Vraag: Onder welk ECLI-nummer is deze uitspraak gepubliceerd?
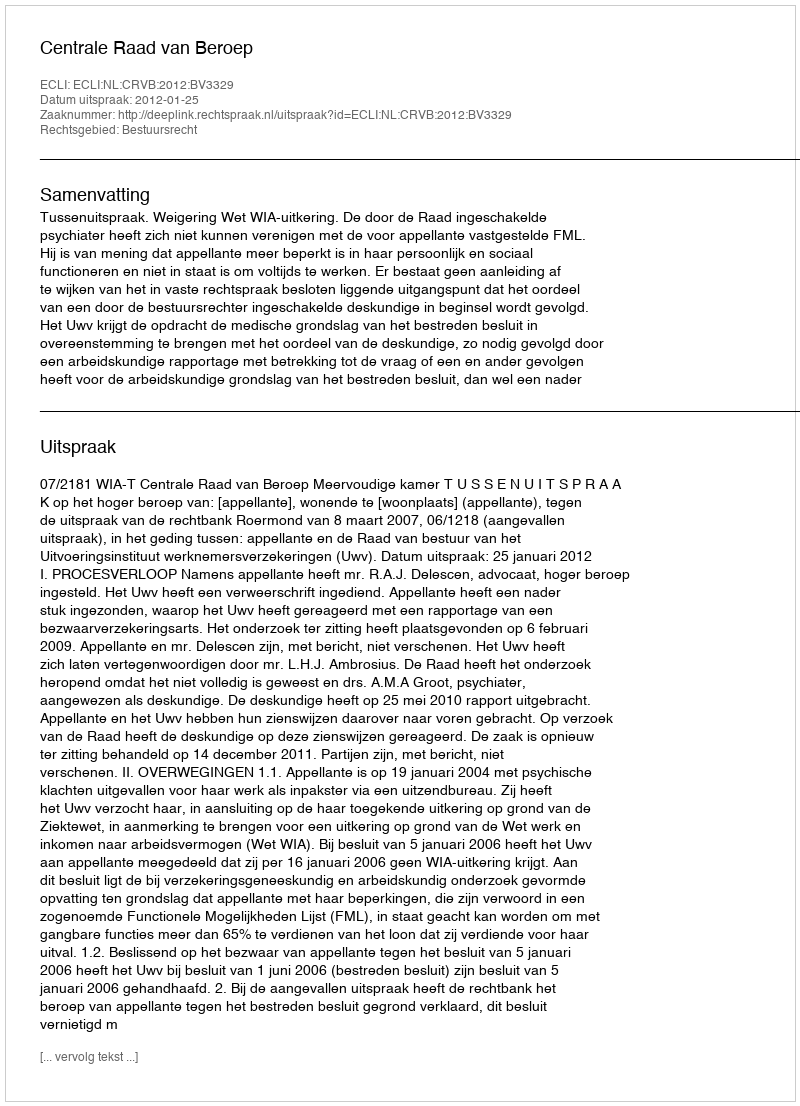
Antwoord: ECLI:NL:CRVB:2012:BV3329